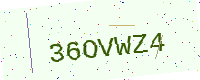
Text: 36OVWZ4